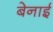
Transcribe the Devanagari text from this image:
बेनाई